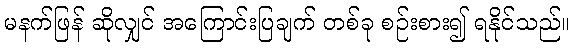
မနက်ဖြန် ဆိုလျှင် အကြောင်းပြချက် တစ်ခု စဉ်းစား၍ ရနိုင်သည်။